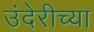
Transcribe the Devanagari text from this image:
उंदेरीच्या